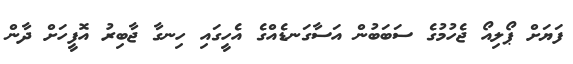
ފަޔަށް ޕޯލިއޯ ޖެހުމުގެ ސަބަބުން އަސާގަނޑެއްގެ އެހީގައި ހިނގާ ޖާބިރު އޮފީހަށް ދާން